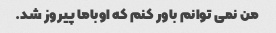
من نمی توانم باور کنم که اوباما پیروز شد.